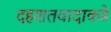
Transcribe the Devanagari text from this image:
दहशतवादाकडे